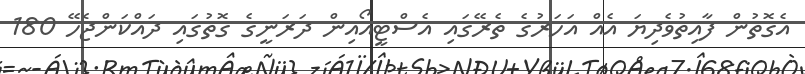
އެގޮތުން ފާއިތުވެދިޔަ އެއް އަހަރުގެ ތެރޭގައި އެސްޓީއޯއިން ދަރަނީގެ ގޮތުގައި ދައްކަންޖެހޭ 180